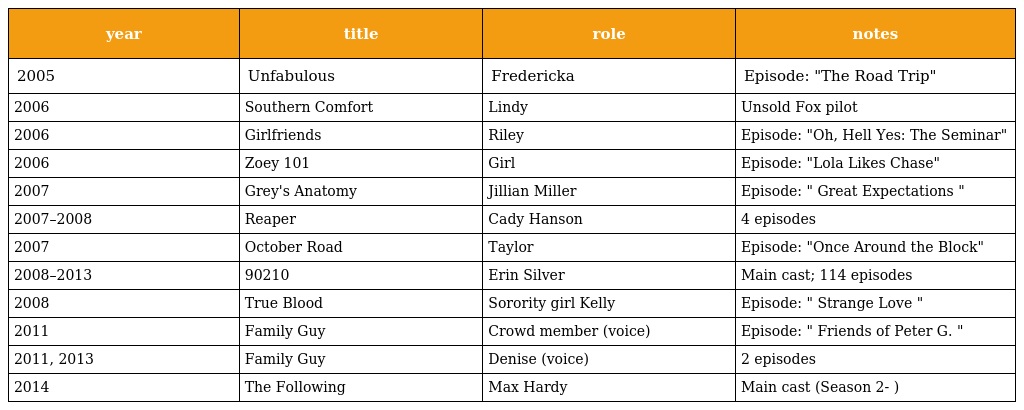
| year | title | role | notes |
 | --- | --- | --- | --- |
 | 2005 | Unfabulous | Fredericka | Episode: "The Road Trip" |
 | 2006 | Southern Comfort | Lindy | Unsold Fox pilot |
 | 2006 | Girlfriends | Riley | Episode: "Oh, Hell Yes: The Seminar" |
 | 2006 | Zoey 101 | Girl | Episode: "Lola Likes Chase" |
 | 2007 | Grey's Anatomy | Jillian Miller | Episode: " Great Expectations " |
 | 2007–2008 | Reaper | Cady Hanson | 4 episodes |
 | 2007 | October Road | Taylor | Episode: "Once Around the Block" |
 | 2008–2013 | 90210 | Erin Silver | Main cast; 114 episodes |
 | 2008 | True Blood | Sorority girl Kelly | Episode: " Strange Love " |
 | 2011 | Family Guy | Crowd member (voice) | Episode: " Friends of Peter G. " |
 | 2011, 2013 | Family Guy | Denise (voice) | 2 episodes |
 | 2014 | The Following | Max Hardy | Main cast (Season 2- ) |